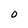
Character: 0